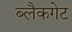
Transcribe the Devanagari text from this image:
ब्लैकगेट